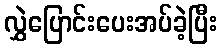
လွှဲပြောင်းပေးအပ်ခဲ့ပြီး